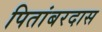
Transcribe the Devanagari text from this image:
पितांबरदास